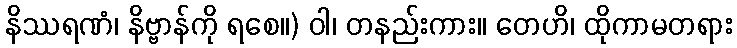
နိဿရဏံ၊ နိဗ္ဗာန်ကို ရစေ။) ဝါ၊ တနည်းကား။ တေဟိ၊ ထိုကာမတရား